Document type: Testament
Year: 1300
Scribe: Bonanat d'Esparreguera
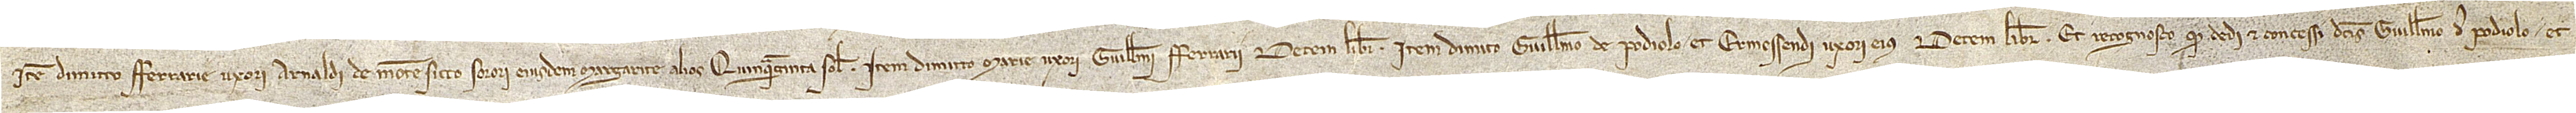
Item, dimitto Ferrarie, uxori Arnaldi de Montesicco, sorori eiusdem Margarite, alios quinquaginta solidos. Item, dimitto Marie, uxori Guillelmi Ferrarii, decem libras. Item, dimitto Guillelmo de Podiolo et Ermessendi, uxori eius, decem libras. Et recognosco quod dedi et concessi dictis Guillelmo de Podiolo et